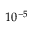
1 0 ^ { - 5 }